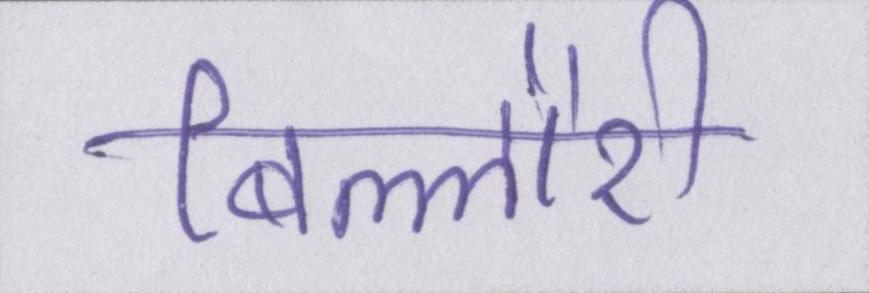
बिल्लौरी